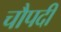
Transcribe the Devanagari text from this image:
चौपदी